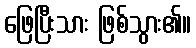
ဖြေပြီးသား ဖြစ်သွား၏။